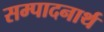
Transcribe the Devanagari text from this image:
सम्पादनार्थ